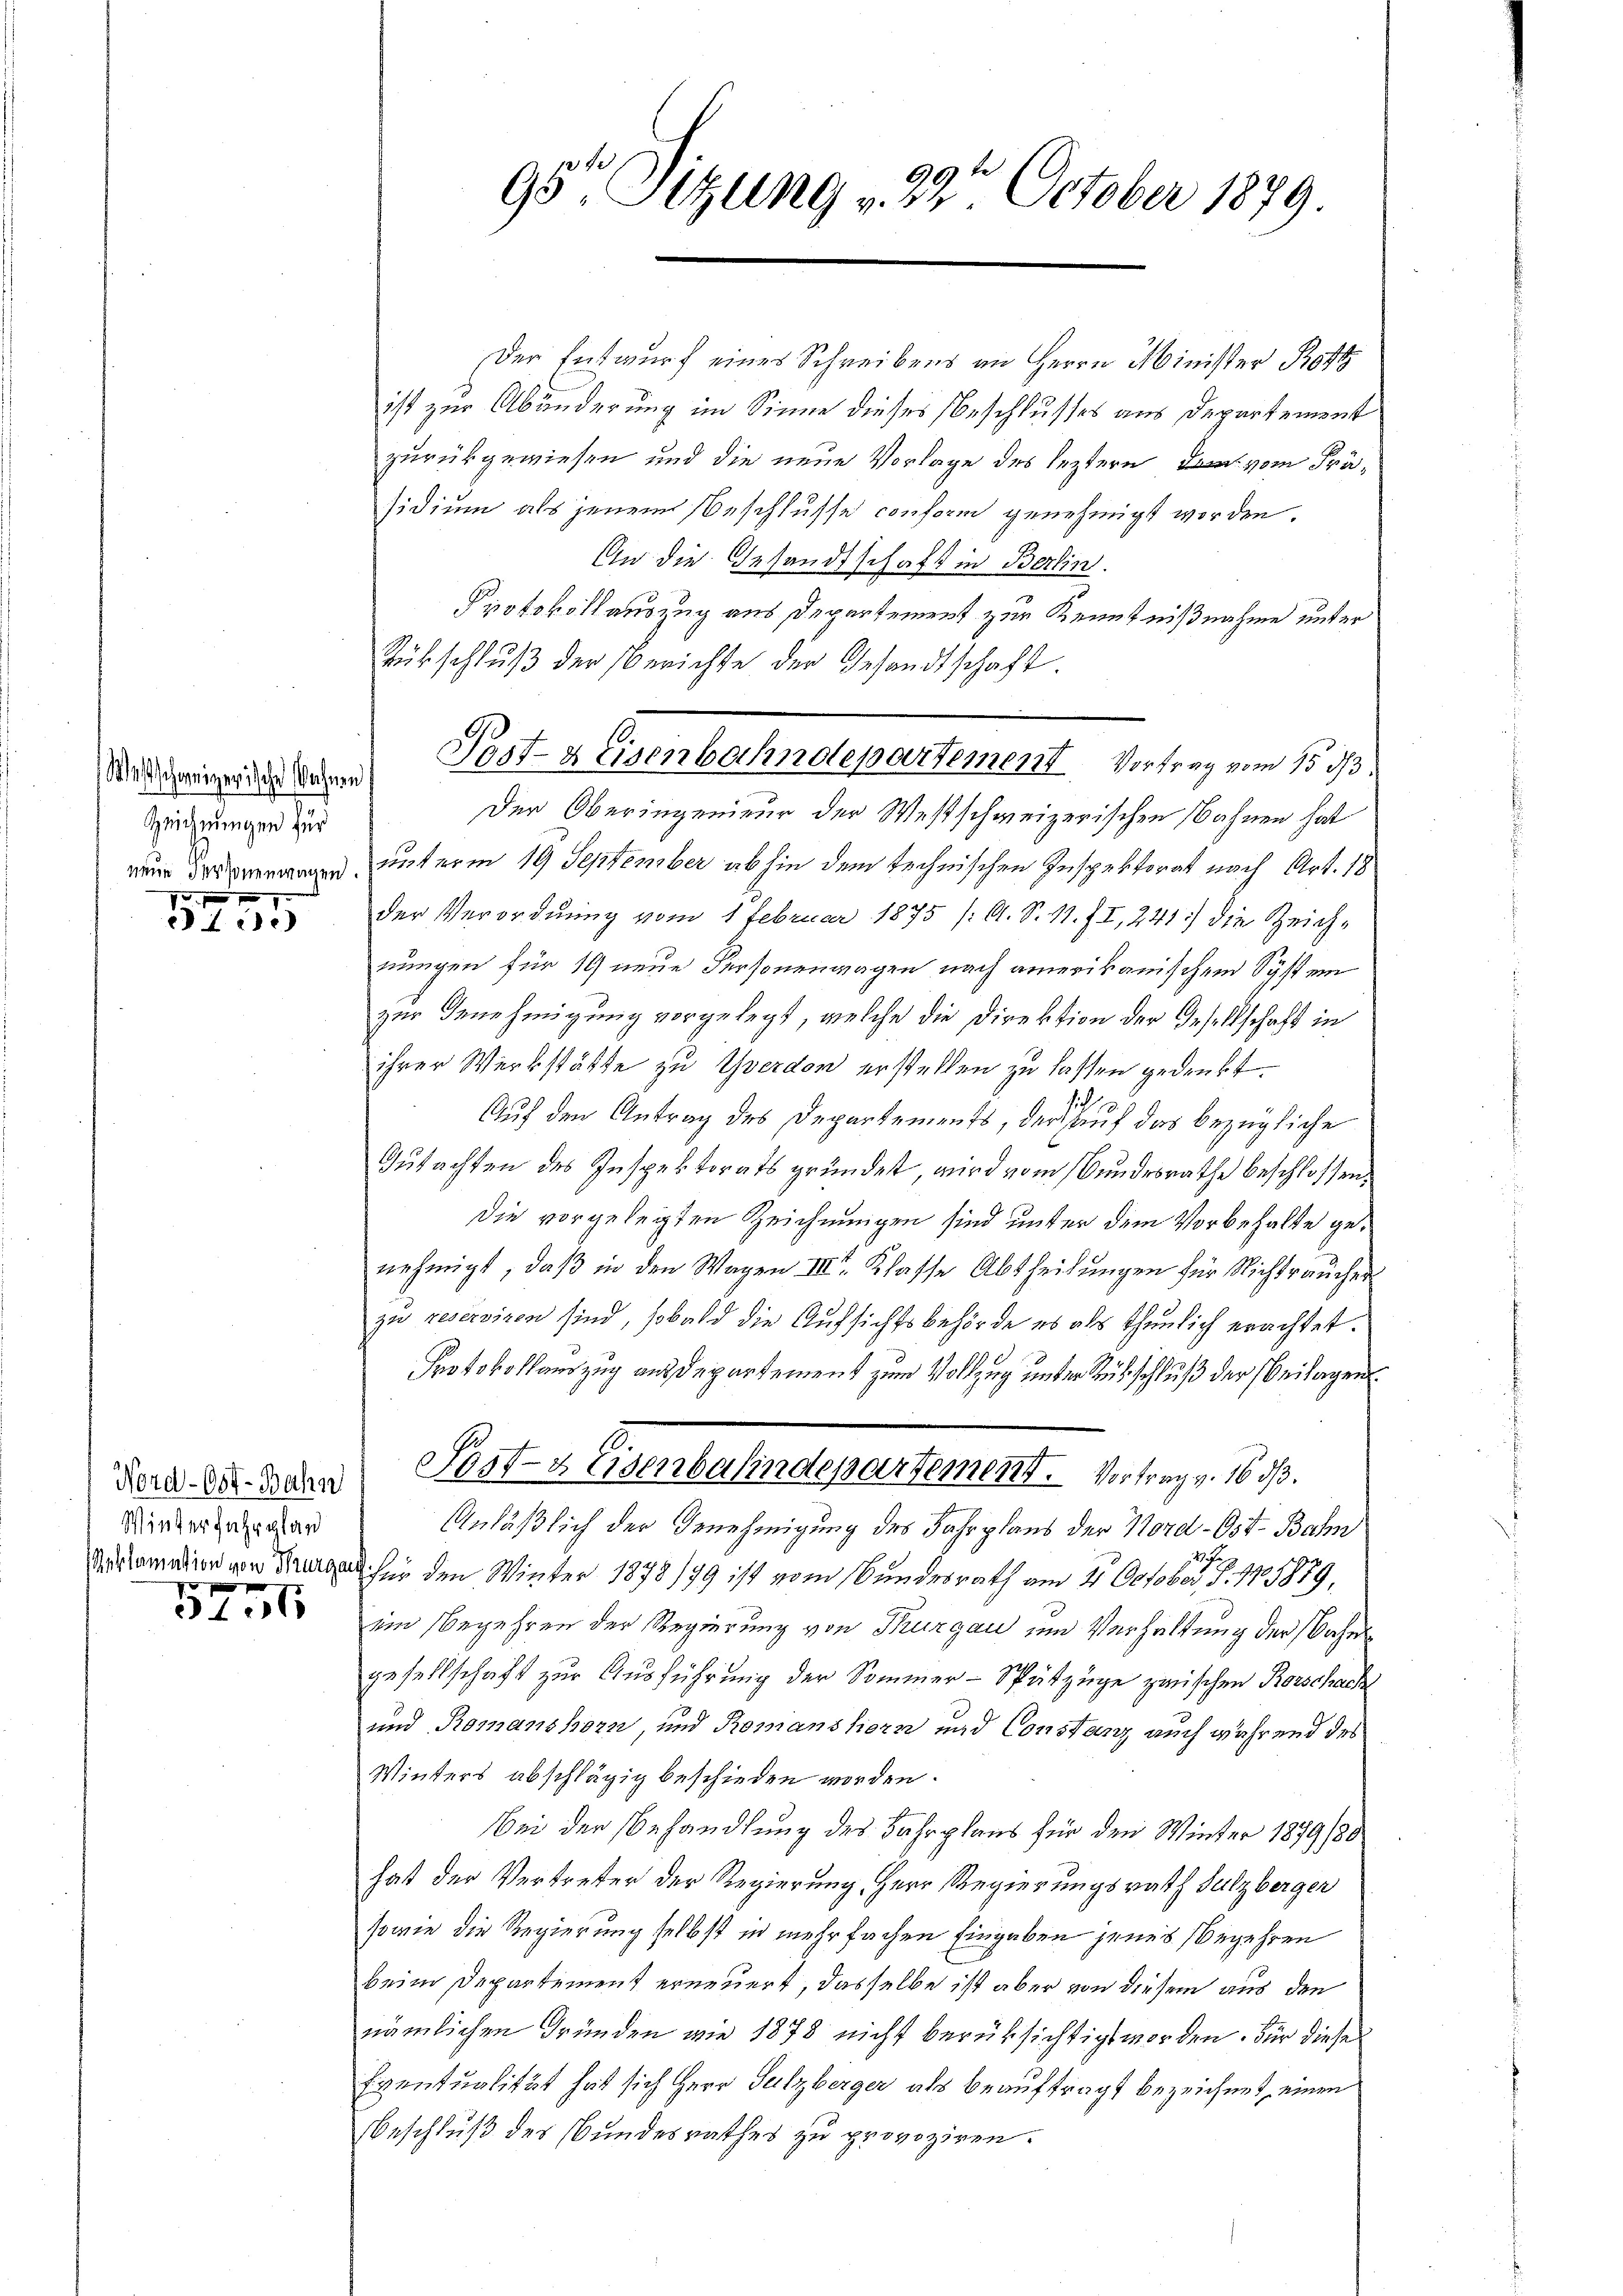
Zeichnungen für
10 f 17

1

Nord-Ost-Bahn
Winterfahrplan
f

3106

Der Entwurf eines Schreibens an Herrn Minister Ro
ist zur Abänderung im Sinne dieses (Beschlusses aus Departement
zurückgewiesen und die neue Vorlage des leztern vom Präsidium als jenem Beschlusse conform genehmigt worden.
An die Gesandtschaft in Berlin.
Protokoll auszug aus Departement zur Kenntnißnahme unter
Rübschluß der Berichte der Gesandtschaft.
Der Oberingenieur der Westschweizerischen Nahnen hat
gen unterm 19 September abhin dem technischen Inspektorat nach Art. 18
der Verordnung vom 1 Februar 1875 /: A. S. 11. II, 241) die Zeich-
nungen für 19 neue Personenwagen nach amerikanischem System
zur Genehmigung vorgelegt, welche die Direktion der Gesellschaft in
ihrer Werkstätte zu Yverdon erstellen zu lassen gedenkt.
Auf den Antrag des Departements, der auf das bezügliche
Gutachten des Inspektorats gründet, wird vom Bundesrathe beschlossen:
die vorgelegten Zeichnungen sind unter dem Vorbehalte genehmigt, daβ in den Wagen III. Klasse Abtheilŭngen für Nichtraŭcher
zu reserviren sind, sobald die Aufsichtsbehörde es als thunlich erachtet.
Protokollauszug aus Departement zum Vollzug unter Rückschluß der Beilagen.
Post- u. Eisenbahndepartement. Vertrag. 1813.
Anläßlich der Genehmigung des Fahrplans der Nord- Ost-Bahn
2
vf den Winter 1878/79 ist vom Bundesrath am 21. October, S. 17. 1879,
ein Begehren der Regierung von Thurgau um Verhaltung der Sache
gesellschaft zur Ausführung der Sommer-Spützüge zwischen Rorschach
und Romanshorn, und Romanshiern und Consten auch während des
Winters abschlägig beschieden werden.
Bei der Behandlung des Fahrplans für den Winter 1879/80
hat der Vertreter der Regierung, Herr Regierungsrath Sulzberger
sowie die Regierung selbst in mehrfachen Eingaben jenes Begehren
beim Departement erneuert, dasselbe ist aber von diesem aus den
nämlichen Gründen wie 1878 nicht berüksichtigt worden. Für dieses
Eventualität hat sich Herr Sulzberger als beauftragt bezeichnet, einen
Beschluß des Bundesrathes zu provoziren.

.
95te Sitzung v. 3. October 1879.

Deinenden Post- & Eisenbahndepartement Vortrag vom 15. d.